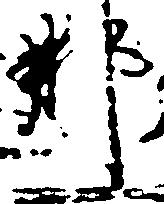
那